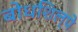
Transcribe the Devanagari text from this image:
बोधशिल्पे